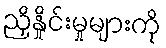
ညှိနှိုင်းမှုများကို